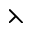
\leftthreetimes